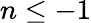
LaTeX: n\leq-1